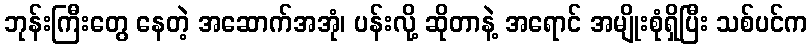
ဘုန်းကြီးတွေ နေတဲ့ အဆောက်အအုံ၊ ပန်းလို့ ဆိုတာနဲ့ အရောင် အမျိုးစုံရှိပြီး သစ်ပင်က